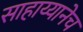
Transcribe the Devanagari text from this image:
साहाय्यानेच